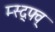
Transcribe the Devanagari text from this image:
म्स्द्फ्व्